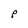
Character: P